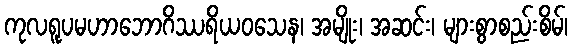
ကုလရူပမဟာဘောဂိဿရိယဝသေန၊ အမျိုး၊ အဆင်း၊ များစွာစည်းစိမ်၊